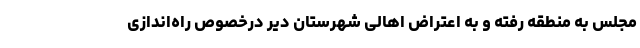
مجلس به منطقه رفته و به اعتراض اهالی شهرستان دیر درخصوص راه‌اندازی